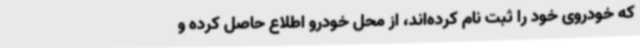
که خودروی خود را ثبت نام کرده‌اند،‌ از محل خودرو اطلاع حاصل کرده و